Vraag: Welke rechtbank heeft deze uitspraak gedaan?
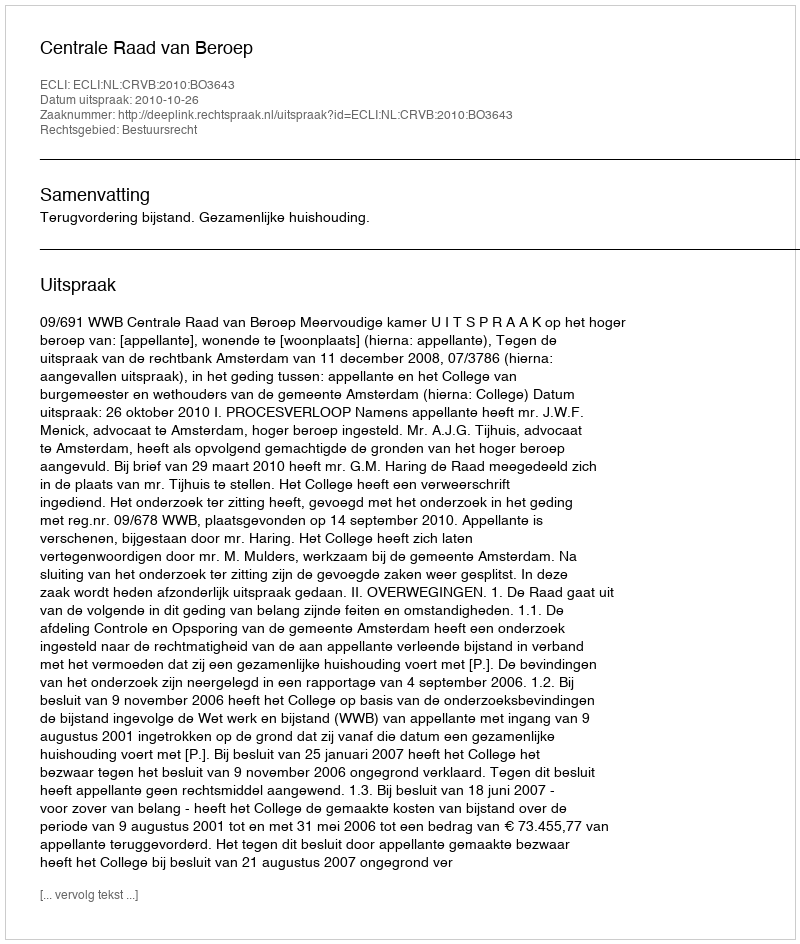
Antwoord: Centrale Raad van Beroep